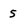
Character: 5